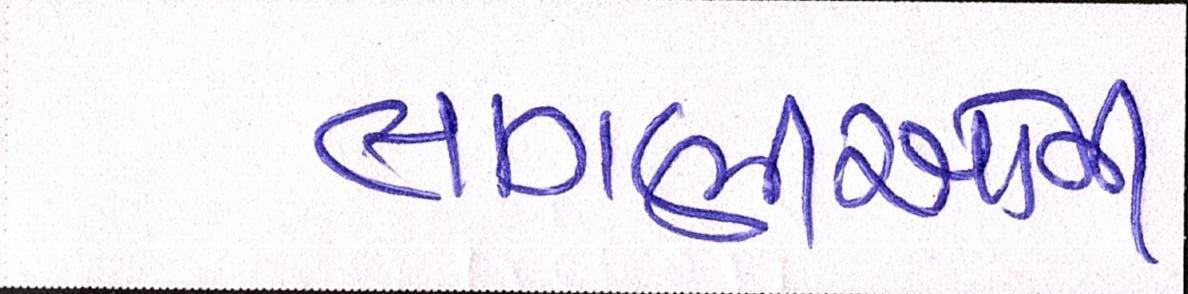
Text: લાગણીઓની